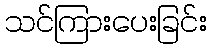
သင်ကြားပေးခြင်း